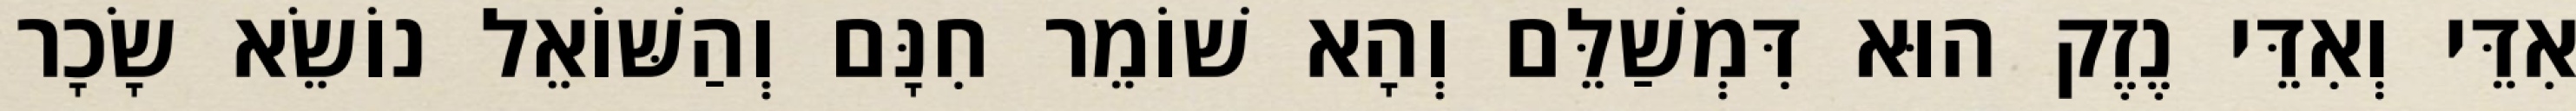
אִדֵּי וְאִדֵּי נֶזֶק הוּא דִּמְשַׁלֵּם וְהָא שׁוֹמֵר חִנָּם וְהַשּׁוֹאֵל נוֹשֵׂא שָׂכָר